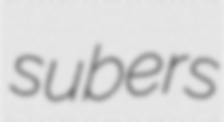
subers